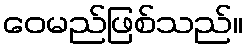
ဝေမည်ဖြစ်သည်။